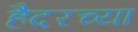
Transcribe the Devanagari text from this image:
हैदरच्या